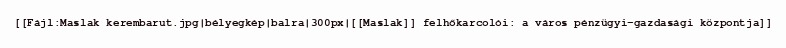
[[Fájl:Maslak kerembarut.jpg|bélyegkép|balra|300px|[[Maslak]] felhőkarcolói: a város pénzügyi-gazdasági központja]]